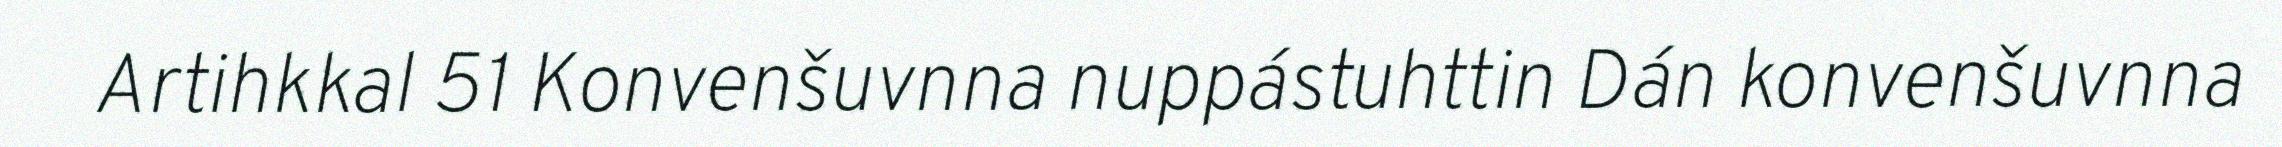
Artihkkal 51 Konvenšuvnna nuppástuhttin Dán konvenšuvnna